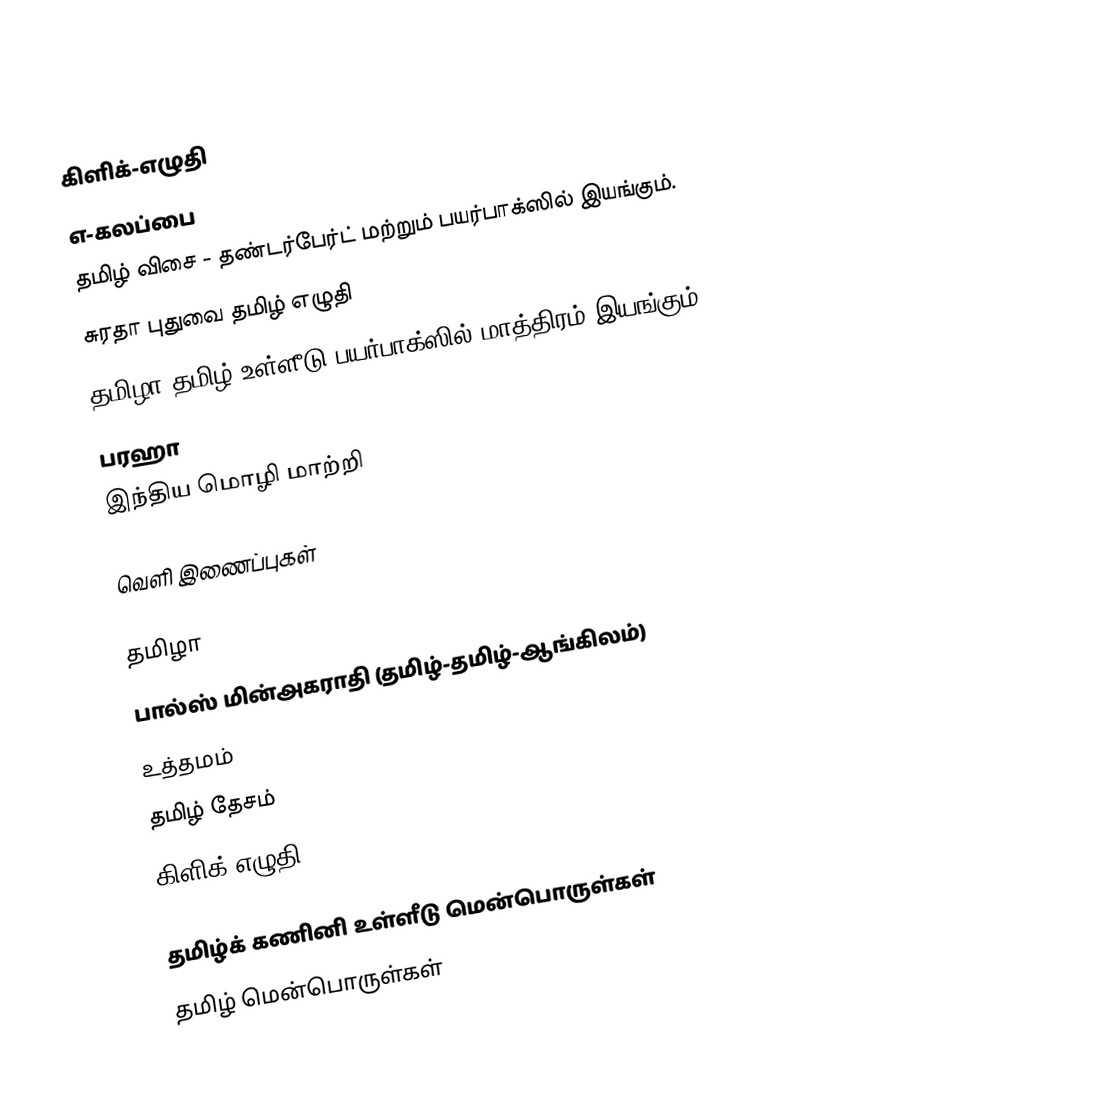
கிளிக்-எழுதி
 எ-கலப்பை
 தமிழ் விசை - தண்டர்பேர்ட் மற்றும் பயர்பாக்ஸில் இயங்கும்.
 சுரதா புதுவை தமிழ் எழுதி
 தமிழா தமிழ் உள்ளீடு  பயர்பாக்ஸில் மாத்திரம் இயங்கும்
 பரஹா
 இந்திய மொழி மாற்றி

வெளி இணைப்புகள்

 தமிழா
 பால்ஸ் மின்அகராதி (தமிழ்-தமிழ்-ஆங்கிலம்)
 உத்தமம்
 தமிழ் தேசம்
 கிளிக்-எழுதி

தமிழ்க் கணினி உள்ளீடு மென்பொருள்கள்
தமிழ் மென்பொருள்கள்